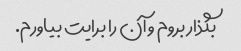
بگذار بروم و آن را برایت بیاورم.